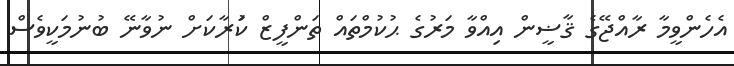
އެހެންވީމާ ރާއްޖޭގެ ޤާޟީން އިއްވާ މަރުގެ ޙުކުމްތައް ތަންފީޒް ކުަރާކަށް ނުވާނޭ ބުނުމަކީވެސް